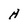
Character: H